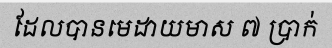
ដែលបានមេដាយមាស ៧ ប្រាក់